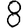
Digit: 8